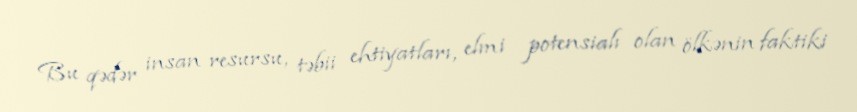
Bu qədər insan resursu, təbii ehtiyatları, elmi potensialı olan ölkənin faktiki